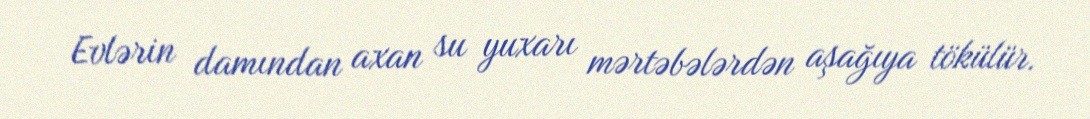
Evlərin damından axan su yuxarı mərtəbələrdən aşağıya tökülür.